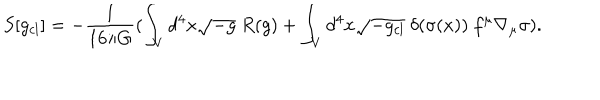
S [ g _ { c l } ] = - \frac { 1 } { 1 6 \pi G } ( \int _ { V } d ^ { 4 } x \sqrt { - g } ~ R ( g ) + \int _ { V } d ^ { 4 } x \sqrt { - g _ { c l } } ~ \delta ( \sigma ( x ) ) ~ f ^ { \mu } \nabla _ { \mu } \sigma ) .